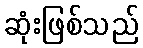
ဆုံးဖြစ်သည်